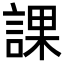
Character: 課